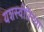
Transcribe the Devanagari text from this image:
यशस्‍वीरित्‍या